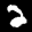
Label: 2